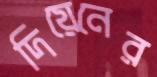
দিয়েনের